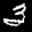
Label: 3